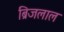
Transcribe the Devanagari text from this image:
ब्रिजलाल